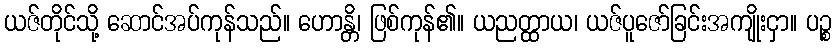
ယဇ်တိုင်သို့ ဆောင်အပ်ကုန်သည်။ ဟောန္တိ၊ ဖြစ်ကုန်၏။ ယညတ္ထာယ၊ ယဇ်ပူဇော်ခြင်းအကျိုးငှာ။ ပဉ္စ